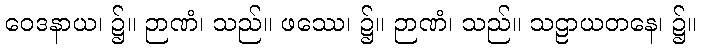
ဝေဒနာယ၊ ၌။ ဉာဏံ၊ သည်။ ဖဿေ၊ ၌။ ဉာဏံ၊ သည်။ သဠာယတနေ၊ ၌။